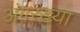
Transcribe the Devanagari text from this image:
अंगरख्या